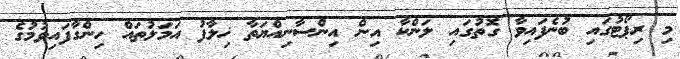
މި ރިޕޯޓުގައި ބުނެފައިވާ ގޮތުގައި ލަންކާ އިން އިންސާނިއްޔަތާ ޚިލާފު އަމަލުތައް ހިންގާފައިވުމުގެ